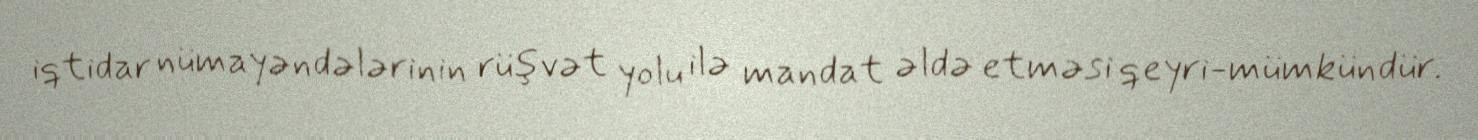
iqtidar nümayəndələrinin rüşvət yolu ilə mandat əldə etməsi qeyri-mümkündür.